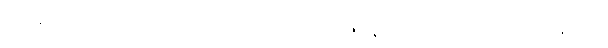
မလုံသော တံခါးရှိသော ပုဂ္ဂိုလ်မည်၏။ ဘောဇနေ၊ အစာ၌။ အမတ္တညူ၊ အတိုင်း